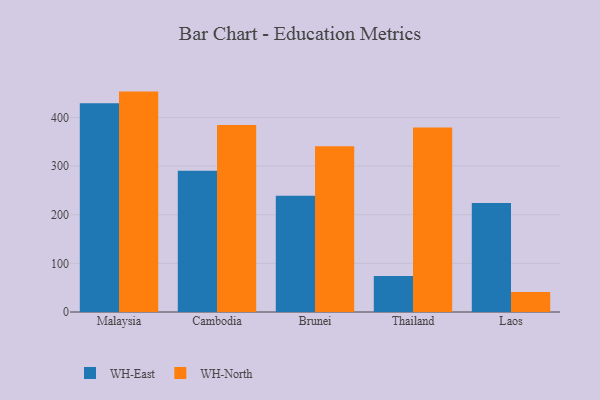
{"axis": {"x": "Country", "y": "Customer Acquisition Cost (USD)"}, "legend": ["WH-East", "WH-North"], "data": [{"x": "Malaysia", "y": 429.3, "type": "WH-East"}, {"x": "Malaysia", "y": 453.1, "type": "WH-North"}, {"x": "Cambodia", "y": 290.4, "type": "WH-East"}, {"x": "Cambodia", "y": 384.3, "type": "WH-North"}, {"x": "Brunei", "y": 238.9, "type": "WH-East"}, {"x": "Brunei", "y": 341.0, "type": "WH-North"}, {"x": "Thailand", "y": 73.9, "type": "WH-East"}, {"x": "Thailand", "y": 379.3, "type": "WH-North"}, {"x": "Laos", "y": 224.1, "type": "WH-East"}, {"x": "Laos", "y": 41.3, "type": "WH-North"}]}